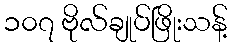
၁၀၇ ဗိုလ်ချုပ်ဖြိုးသန့်